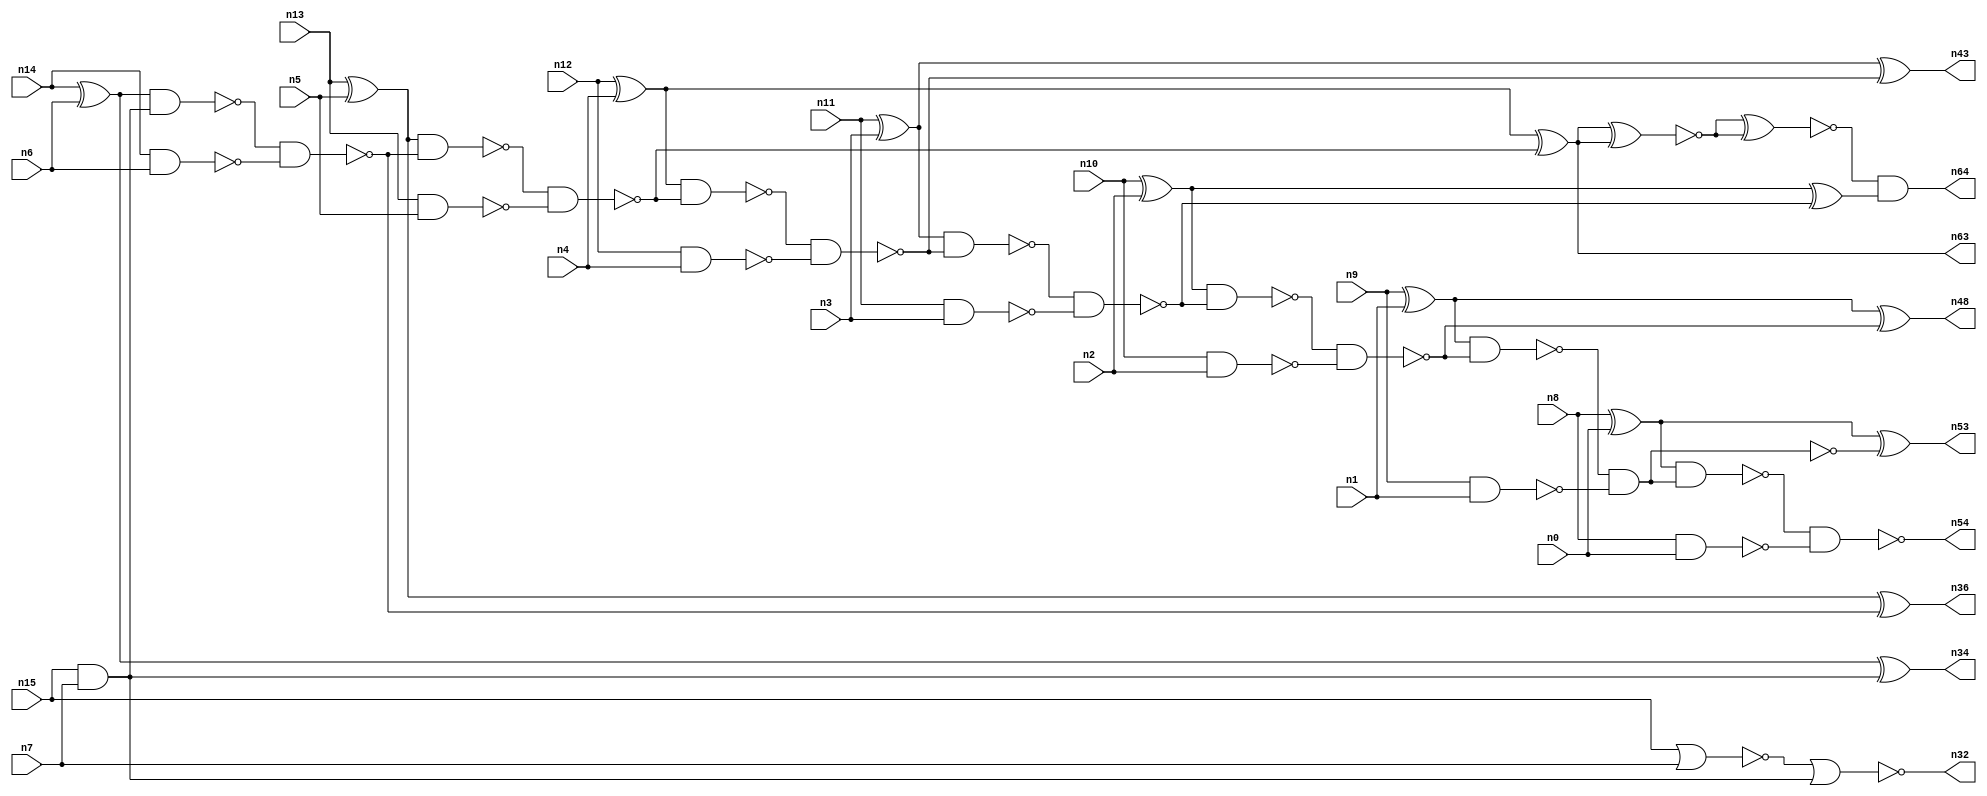
// This program was cloned from: https://github.com/umar-afzaal/ReCkt
// License: MIT License

// This file contains a pareto-optimal circuit with respect to pdp and the fault-resilince parameter p_fault which is defined as:
// "For all input vectors, the ratio of the no. of faults observable at the POs to the no. of total possible faults in the circuit".
// This code is part of the ReCkt library (https://github.com/umar-afzaal/ReCkt) distributed under The MIT License.
// When used, please cite the following article(s):
// U. Afzaal, A.S. Hassan, M. Usman and J.A. Lee, "On the Evolutionary Synthesis of Increased Fault-resilience Arithmetic Circuits".

// p_fault = 94.6 %    (Lower is better)
// gates = 43.0
// levels = 15
// area = 59.64    (For MCNC library relative to nand2)
// power = 256.3 uW    (Berkely-SIS for MCNC library @ Vdd=5V and 20 MHz clock)
// delay = 16.8 ns    (Berkely-ABC for MCNC library)
// PDP = 4.30584e-12 J

// Pin mapping:
// {n0, n1, n2, n3, n4, n5, n6, n7} = A[7:0]
// {n8, n9, n10, n11, n12, n13, n14, n15} = B[7:0]
// {n54, n53, n48, n64, n43, n63, n36, n34, n32} = O[8:0]

module addr8s_pdp_3 (
n0, n1, n2, n3, n4, n5, n6, n7, n8, n9, n10, n11, n12, n13, n14, n15, 
n54, n53, n48, n64, n43, n63, n36, n34, n32
);

input n0, n1, n2, n3, n4, n5, n6, n7, n8, n9, n10, n11, n12, n13, n14, n15;
output n54, n53, n48, n64, n43, n63, n36, n34, n32;
wire n22, n42, n28, n21, n49, n30, n16, n27, n52, n24, n45, n20, n18, n55, n51, n31, n39, n25, n41, n26, 
n37, n35, n29, n17, n38, n19, n50, n46, n47, n23, n40, n57, n33, n44;

xor (n16, n14, n6);
xor (n17, n13, n5);
nand (n18, n14, n6);
xor (n19, n9, n1);
xor (n20, n8, n0);
xor (n21, n10, n2);
xor (n22, n12, n4);
nand (n23, n9, n1);
nor (n24, n15, n7);
and (n25, n15, n7);
nand (n26, n11, n3);
nand (n27, n12, n4);
xor (n28, n11, n3);
nand (n29, n10, n2);
nand (n30, n13, n5);
nand (n31, n8, n0);
nor (n32, n24, n25);
nand (n33, n16, n25);
xor (n34, n16, n25);
nand (n35, n33, n18);
xor (n36, n17, n35);
nand (n37, n17, n35);
nand (n38, n37, n30);
nand (n39, n22, n38);
xor (n40, n22, n38);
nand (n41, n39, n27);
nand (n42, n28, n41);
xor (n43, n28, n41);
nand (n44, n42, n26);
nand (n45, n21, n44);
xor (n46, n21, n44);
nand (n47, n45, n29);
xor (n48, n19, n47);
nand (n49, n19, n47);
nand (n50, n49, n23);
and (n51, n49, n23);
nand (n52, n20, n51);
xor (n53, n20, n50);
nand (n54, n52, n31);
xnor (n55, n40, n40);
xnor (n57, n55, n55);
and (n63, n40, n40);
and (n64, n57, n46);

endmodule